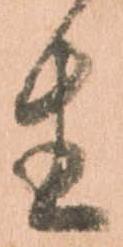
生